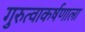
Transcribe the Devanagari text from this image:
गुरुत्वाकर्षणाला